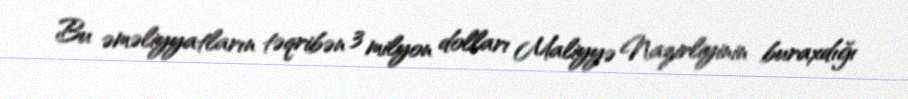
Bu əməliyyatların təqribən 3 milyon dolları Maliyyə Nazirliyinin buraxdığı